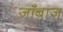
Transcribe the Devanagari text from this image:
जाँबाज